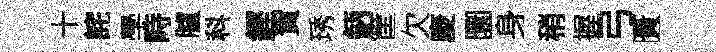
十詫學畤臚科鏗賀琇鈵筐欠庱圜身稍握弓匱